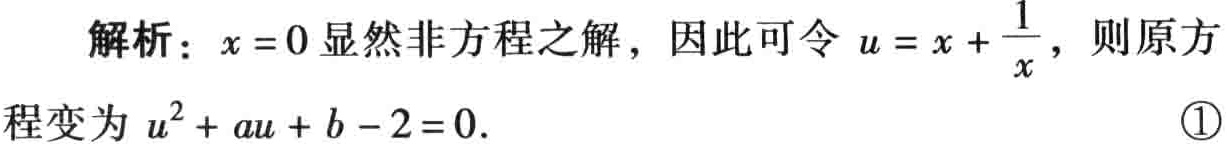
解析：$x = 0$显然非方程之解，因此可令$u = x+\frac{1}{x}$，则原方程变为$u^{2}+au + b - 2 = 0$. \textcircled{1}